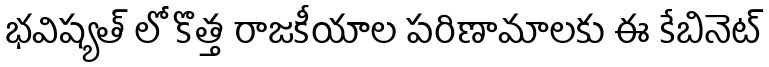
భవిష్యత్ లో కొత్త రాజకీయాల పరిణామాలకు ఈ కేబినెట్